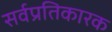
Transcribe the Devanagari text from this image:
सर्वप्रतिकारक